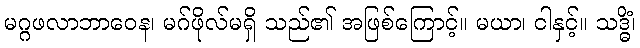
မဂ္ဂဖလာဘာဝေန၊ မဂ်ဖိုလ်မရှိ သည်၏ အဖြစ်ကြောင့်။ မယာ၊ ငါနှင့်။ သဒ္ဓိံ၊